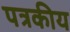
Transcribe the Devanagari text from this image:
पत्रकीय